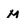
Character: M